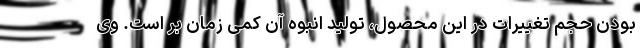
بودن حجم تغییرات در این محصول، تولید انبوه آن کمی زمان بر است. وی